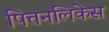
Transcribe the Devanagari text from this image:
पित्तनलिकेस